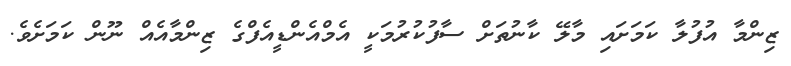
ޒިންމާ އުފުލާ ކަމަށައި މާލޭ ކާނުތަށް ސާފުކުރުމަކީ އެމްއެންޑީއެފްގެ ޒިންމާއެއް ނޫން ކަމަށެވެ.